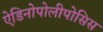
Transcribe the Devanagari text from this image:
ऐडिनोपोलीपोसिस